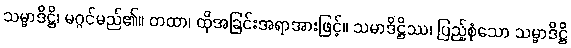
သမ္မာဒိဋ္ဌိ၊ မဂ္ဂင်မည်၏။ တထာ၊ ထိုအခြင်းအရာအားဖြင့်။ သမာဒိဋ္ဌိဿ၊ ပြည့်စုံသော သမ္မာဒိဋ္ဌိ